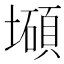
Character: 𰊹